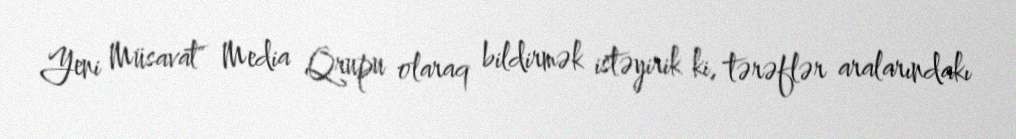
Yeni Müsavat" Media Qrupu olaraq bildirmək istəyirik ki, tərəflər aralarındakı